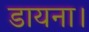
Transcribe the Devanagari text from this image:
डायना।